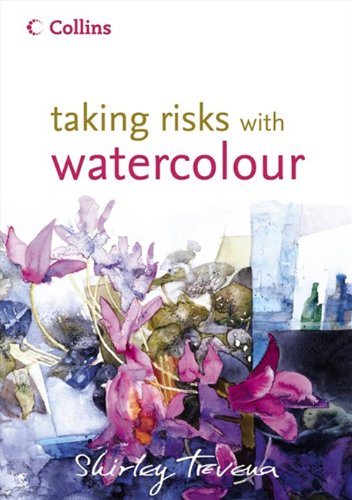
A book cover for Taking Risks with Watercolour; Shirley Trevena; Arts & Photography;